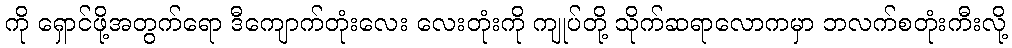
ကို ရှောင်ဖို့အတွက်ရော ဒီကျောက်တုံးလေး လေးတုံးကို ကျုပ်တို့ သိုက်ဆရာလောကမှာ ဘလက်စတုံးကီးလို့